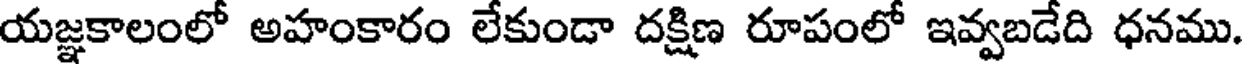
యజ్ఞకాలంలో అహంకారం లేకుండా దక్షిణ రూపంలో ఇవ్వబడేది ధనము.